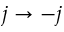
j \to - j